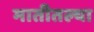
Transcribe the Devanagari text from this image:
मातीतल्या